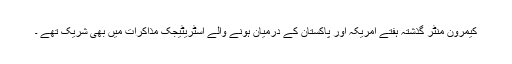
کیمرون منٹر گذشتہ ہفتے امریکہ اور پاکستان کے درمیان ہونے والے اسٹریٹیجک مذاکرات میں بھی شریک تھے ۔